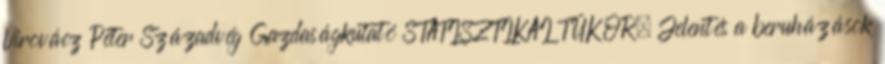
Virovácz Péter Századvég Gazdaságkutató STATISZTIKAI TÜKÖR. Jelentés a beruházások